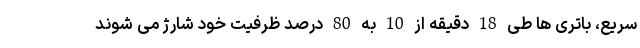
سریع، باتری ها طی 18 دقیقه از 10 به 80 درصد ظرفیت خود شارژ می شوند